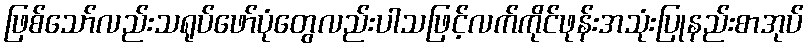
ဖြစ်သော်လည်းသရုပ်ဖော်ပုံတွေလည်းပါသဖြင့်လက်ကိုင်ဖုန်းအသုံးပြုနည်းစာအုပ်